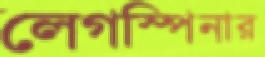
লেগস্পিনার